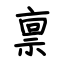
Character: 禀